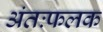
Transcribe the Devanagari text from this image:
अंतःफलक